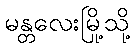
မန္တလေးမြို့သို့